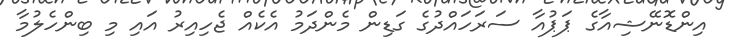
އިންޑޮނޭޝިއާގެ ޕަޕުއާ ސަރަހައްދުގެ ގަޑިން މެންދަމު އެކެއް ޖެހިއިރު އައި މި ބިންހެލުމާ